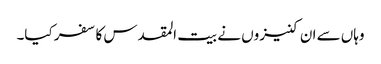
وہاں سے ان کنیزوں نے بیت المقدس کا سفر کیا۔